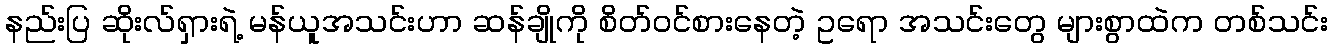
နည်းပြ ဆိုးလ်ရှားရဲ့ မန်ယူအသင်းဟာ ဆန်ချိုကို စိတ်ဝင်စားနေတဲ့ ဥရော အသင်းတွေ များစွာထဲက တစ်သင်း